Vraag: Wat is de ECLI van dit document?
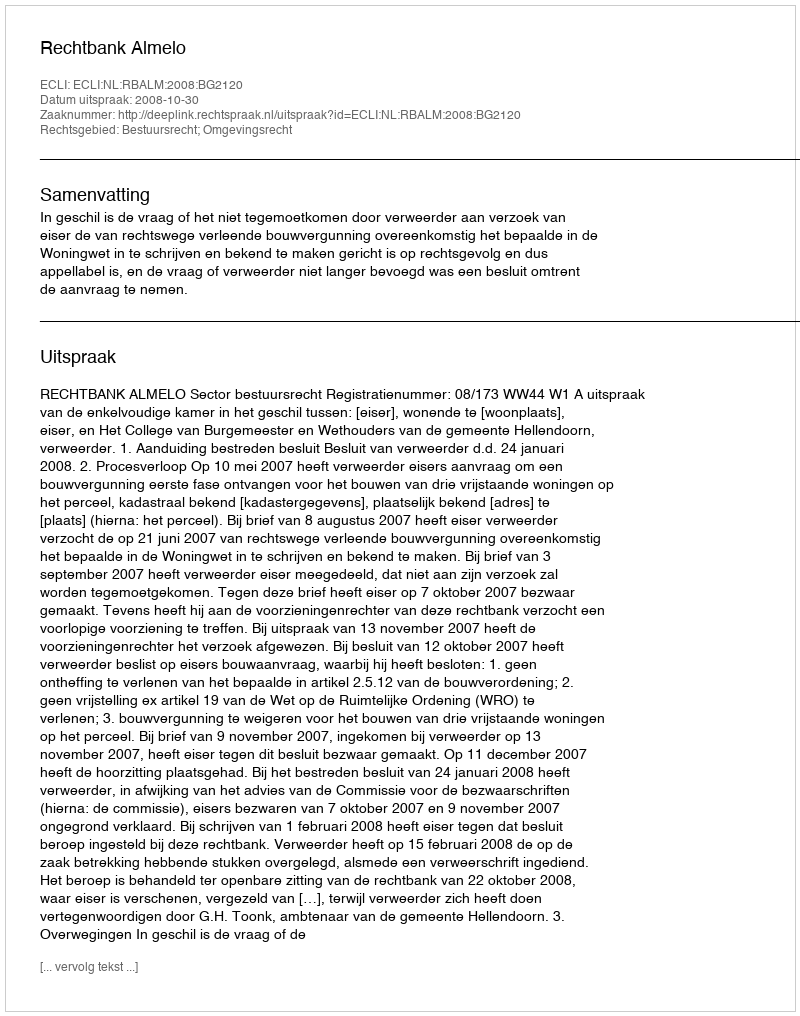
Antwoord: ECLI:NL:RBALM:2008:BG2120